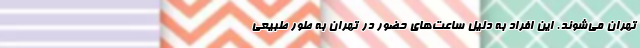
تهران می‌شوند. این افراد به‌ دلیل ساعت‌های حضور در تهران به‌ طور طبیعی